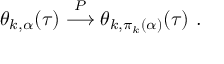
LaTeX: \theta _ { k , \alpha } ( \tau ) \stackrel { P } { \longrightarrow } \theta _ { k , \pi _ { k } ( \alpha ) } ( \tau ) ~ .